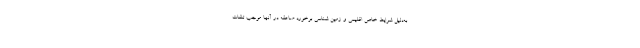
به‌دلیل شرایط خاص اقلیمی و زمین شناسی برخورد صاعقه در آنها موجب تلفات